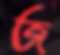
জ